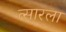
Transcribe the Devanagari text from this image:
त्सारला